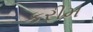
કરીમ